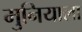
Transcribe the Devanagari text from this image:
मुनियाला